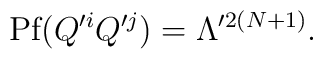
\mbox{Pf}(Q^{\prime i} Q^{\prime j}) = \Lambda^{\prime 2(N+1)} .